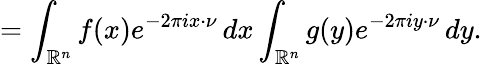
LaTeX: =\int_{\mathbb{R}^{n}}f(x)e^{-2\pi ix\cdot\nu}\, dx\int_{\mathbb{R}^{n}}g(y)e^{-2\pi iy\cdot\nu}\, dy.